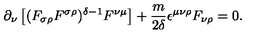
\partial _ { \nu } \left[ ( F _ { \sigma \rho } F ^ { \sigma \rho } ) ^ { \delta - 1 } F ^ { \nu \mu } \right] + \frac { m } { 2 \delta } \epsilon ^ { \mu \nu \rho } F _ { \nu \rho } = 0 .